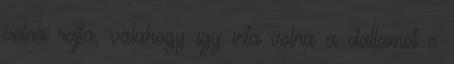
volna rajta, valahogy így írta volna a dallamot s